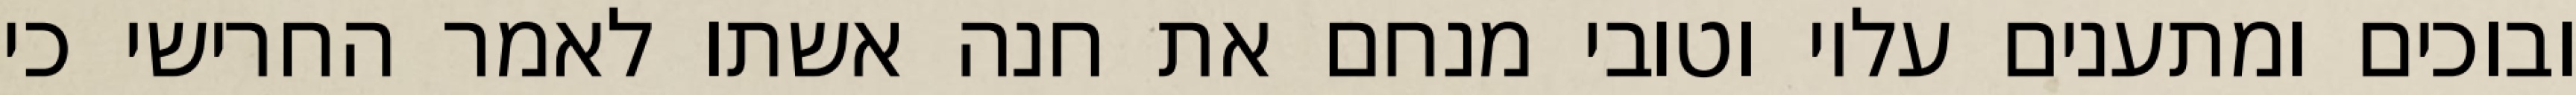
ובוכים ומתענים עליו וטובי מנחם את חנה אשתו לאמר החרישי כי